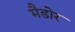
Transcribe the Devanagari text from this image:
मैडोर